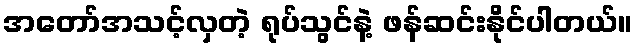
အတော်အသင့်လှတဲ့ ရုပ်သွင်နဲ့ ဖန်ဆင်းနိုင်ပါတယ်။